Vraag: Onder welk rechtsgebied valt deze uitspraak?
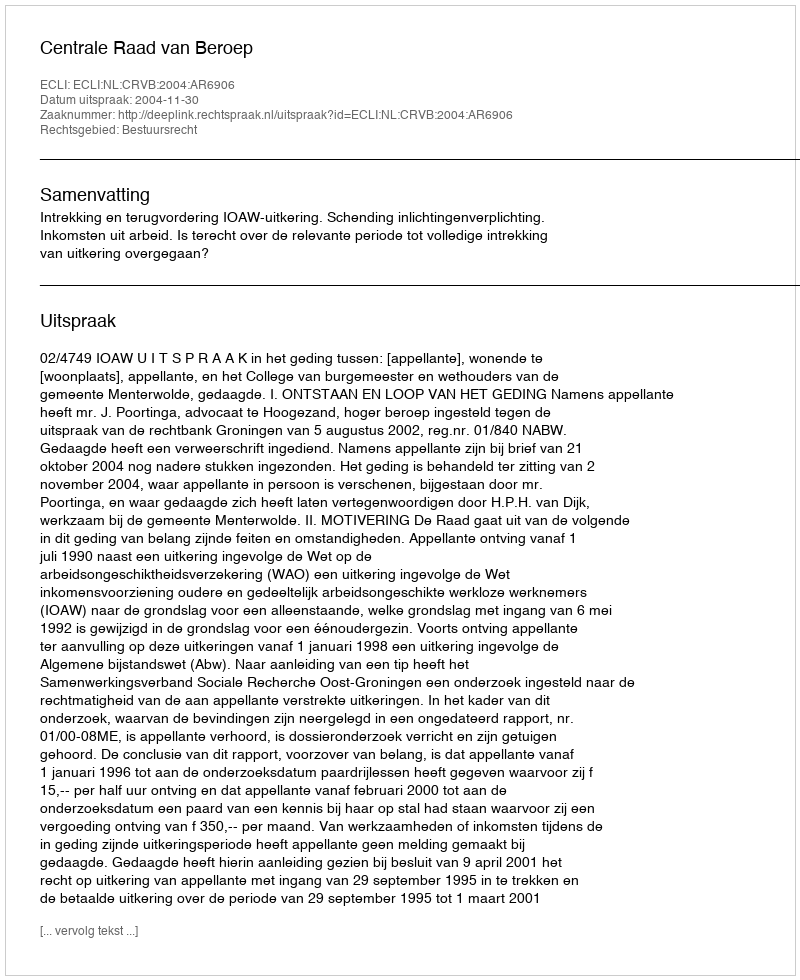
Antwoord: Bestuursrecht